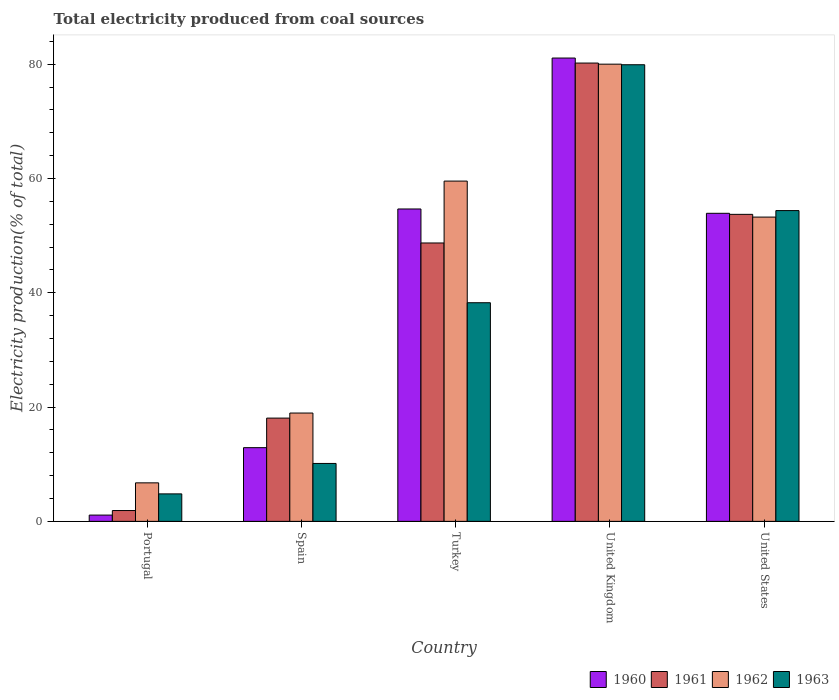
| Country | 1960 | 1961 | 1962 | 1963 |
 | --- | --- | --- | --- | --- |
 | Portugal | 1.1 | 1.89 | 6.74 | 4.81 |
 | Spain | 12.9 | 18.1 | 19 | 10.1 |
 | Turkey | 54.7 | 48.7 | 59.6 | 38.3 |
 | United Kingdom | 81.1 | 80.2 | 80 | 79.9 |
 | United States | 53.9 | 53.7 | 53.3 | 54.4 |